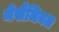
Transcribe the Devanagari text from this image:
मेसैंजियल